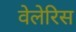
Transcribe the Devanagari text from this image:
वेलेरिस